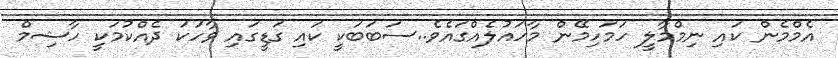
އެމްމެން ކައި ނިމްމާލީ ހަމަހިމޭން މާހައުލެއްގައެވެ..ސަބަބަކީ ކައި ގަޑީގައި ވާހަކަ ދެއްކުމަކީ ހާޝިމް